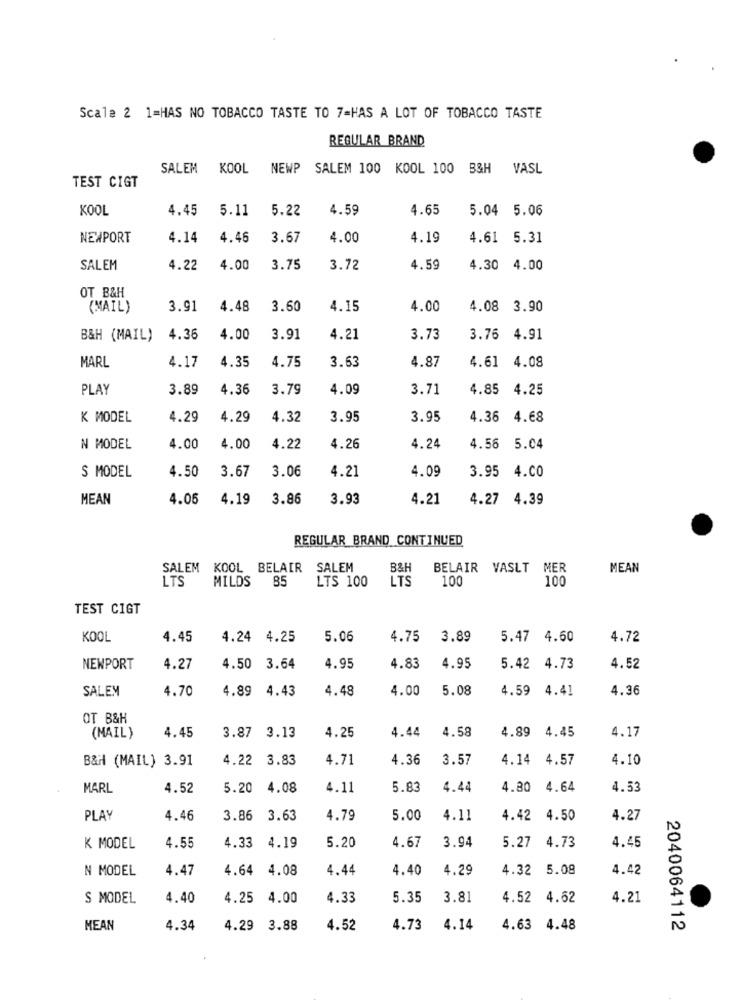
Scale 2 1=HAS NO TOBACCO TASTE TO 7=HAS A LOT OF TOBACCO TASTE
REGULAR BRAND
SALEM
KOOL NEWP SALEM 100 KOOL 100 B&H VASL
TEST CIGT
KOOL
4.45
5.11
5.22
4.59
4.65
5.04 5.06
NEWPORT
4.14
4.46
3.67
4.00
4.19
4.61 5.31
SALEM
4.22
4.00
3.75
3.72
4.59
4.30
4.00
OT B&H
(MAIL)
3.91
4.48
3.60
4.15
4.00
4.08 3.90
B&H (MAIL)
4.36
4.00
3.91
4.21
3.73
3.76
4.91
4.17
4.35
4.75
3.63
4.87
4.61
4.08
MARL
PLAY
3.89
4.36
3.79
4.09
3.71
4.85
4.25
K MODEL
4.29
4.29
4.32
3.95
3.95
4.36
4.68
N MODEL
4.00
4.00
4.22
4.26
4.24
4.56
5.04
4.50
3.67
3.06
4.21
4.09
3.95 4.00
S MODEL
MEAN
4.06
4.19
3.86
3.93
4.21
4.27 4.39
REGULAR BRAND CONTINUED
SALEM KOOL BELAIR
SALEM
B&H
BELAIR VASLT MER
MEAN
LTS
MILDS
85
LTS 100
LTS
100
100
TEST CIGT
KOOL
4.45
4.24 4.25
5.06
4.75
3.89
5.47 4.60
4.72
NEWPORT
4.27
4.50
3.64
4.95
4.83
4.95
5.42 4.73
4.52
SALEM
4.70
4.89 4.43
4.48
4.00
5.08
4.59
4.41
4.36
OT B&H
4.45
4.44
4.58
4.89
4.45
4.17
(MAIL)
3.87 3.13
4.25
B&H (MAIL) 3.91
4.22 3.83
4.71
4.36
3.57
4.14 4.57
4.10
MARL
4.52
5.20
4.08
4.11
5.83
4.44
4.80
4.64
4.53
PLAY
4.46
3.86
3.63
4.79
5.00
4.11
4.42 4.50
4.27
3.94
4.45
K MODEL
4.55
4.33 4.19
5.20
4.67
5.27
4.73
N MODEL
4.47
4.64 4.08
4.44
4.40
4.29
4.32 5.08
4.42
S MODEL
4.40
4.25 4.00
4.33
5.35
3.81
4.52 4.62
4.21
MEAN
4.34
4.29 3.88
4.52
4.73
4.14
4.63 4.48
2040064112